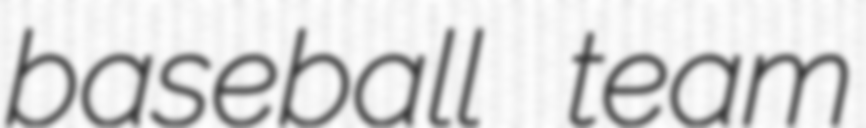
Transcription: baseball team